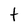
Character: t